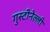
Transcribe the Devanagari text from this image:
गुस्टीनेल्ली